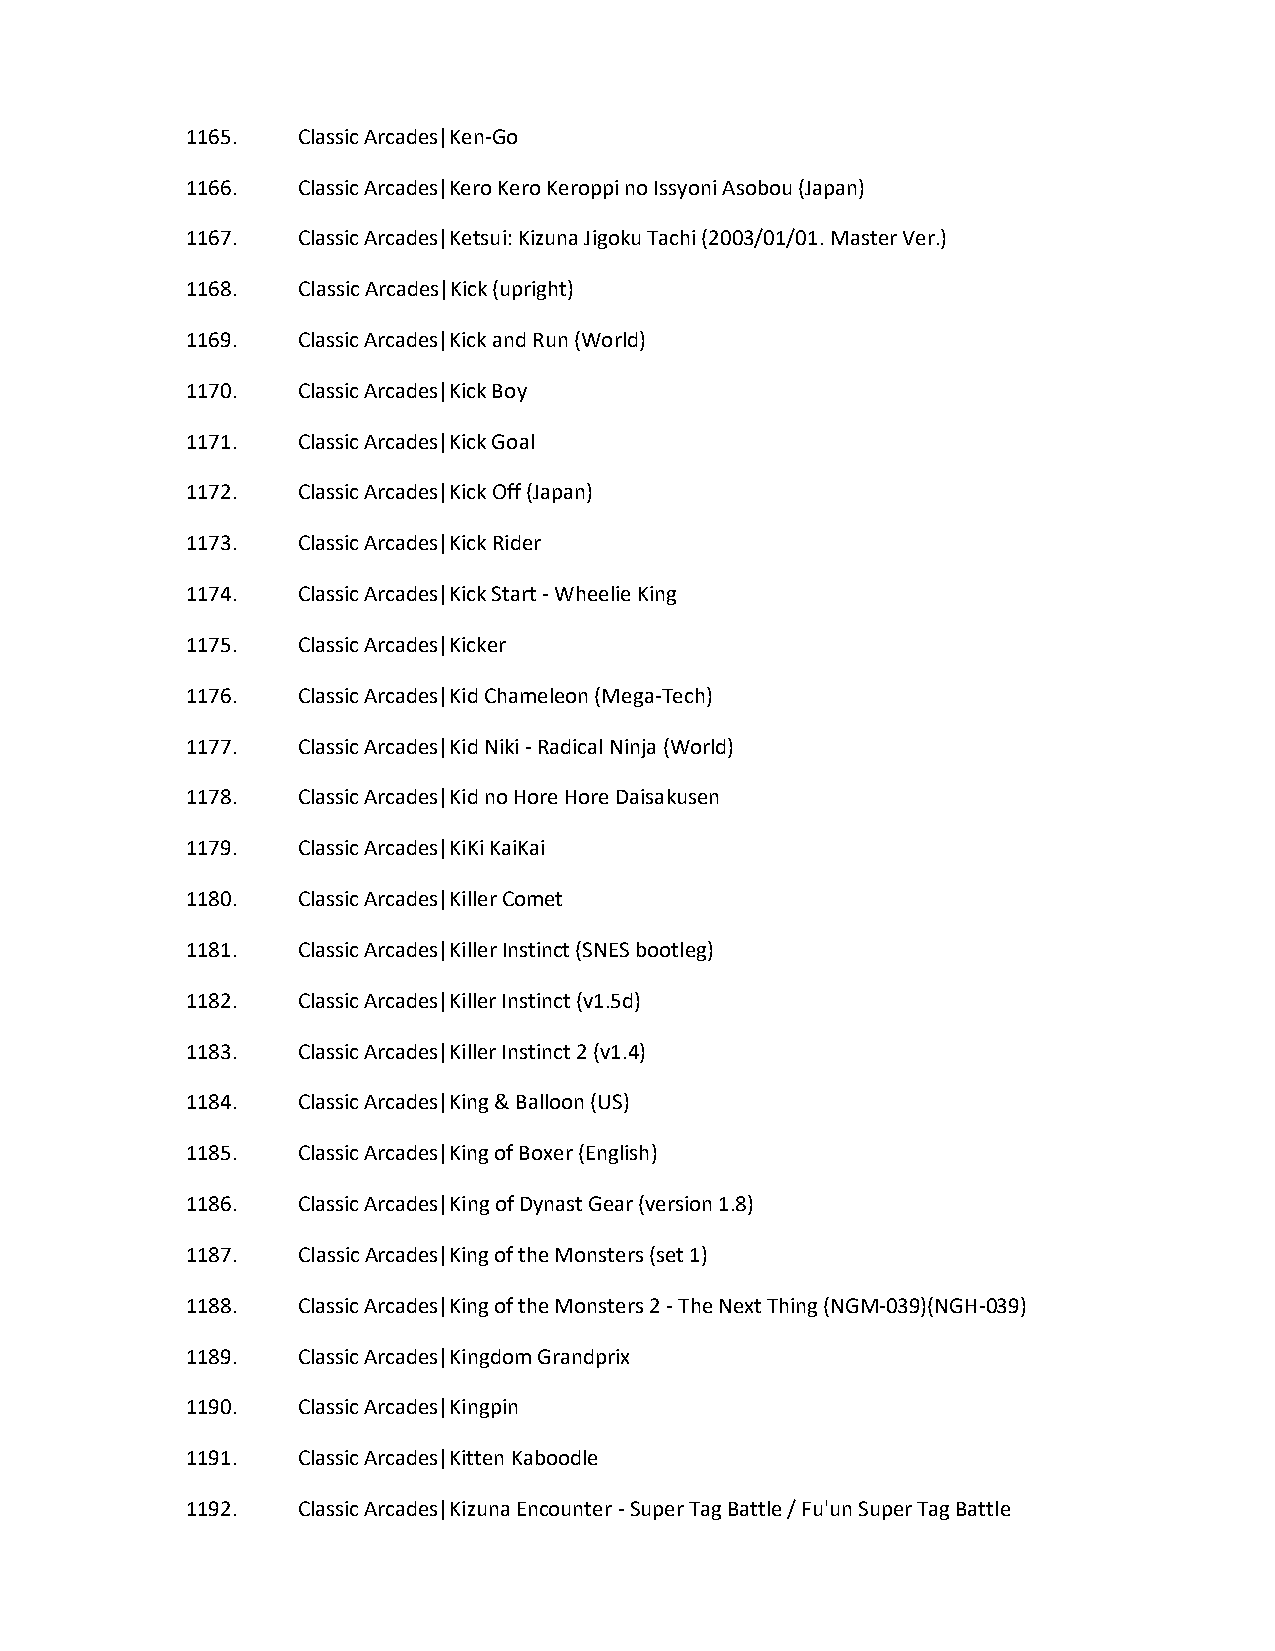
1165.   Classic Arcades|Ken-Go
 1166.   Classic Arcades|Kero Kero Keroppi no Issyoni Asobou (Japan)
 1167.   Classic Arcades|Ketsui: Kizuna Jigoku Tachi (2003/01/01. Master Ver.)
 1168.   Classic Arcades|Kick (upright)
 1169.   Classic Arcades|Kick and Run (World)
 1170.   Classic Arcades|Kick Boy
 1171.   Classic Arcades|Kick Goal
 1172.   Classic Arcades|Kick Off (Japan)
 1173.   Classic Arcades|Kick Rider
 1174.   Classic Arcades|Kick Start - Wheelie King
 1175.   Classic Arcades|Kicker
 1176.   Classic Arcades|Kid Chameleon (Mega-Tech)
 1177.   Classic Arcades|Kid Niki - Radical Ninja (World)
 1178.   Classic Arcades|Kid no Hore Hore Daisakusen
 1179.   Classic Arcades|KiKi KaiKai
 1180.   Classic Arcades|Killer Comet
 1181.   Classic Arcades|Killer Instinct (SNES bootleg)
 1182.   Classic Arcades|Killer Instinct (v1.5d)
 1183.   Classic Arcades|Killer Instinct 2 (v1.4)
 1184.   Classic Arcades|King & Balloon (US)
 1185.   Classic Arcades|King of Boxer (English)
 1186.   Classic Arcades|King of Dynast Gear (version 1.8)
 1187.   Classic Arcades|King of the Monsters (set 1)
 1188.   Classic Arcades|King of the Monsters 2 - The Next Thing (NGM-039)(NGH-039)
 1189.   Classic Arcades|Kingdom Grandprix
 1190.   Classic Arcades|Kingpin
 1191.   Classic Arcades|Kitten Kaboodle
 1192.   Classic Arcades|Kizuna Encounter - Super Tag Battle / Fu'un Super Tag Battle